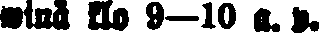
winä klo 9–10 a. p.